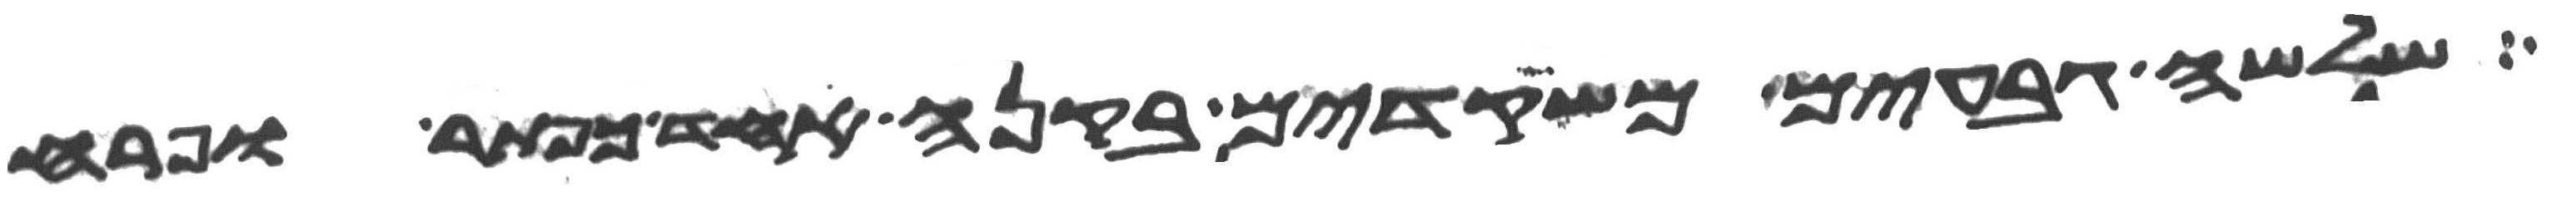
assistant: שלשה גבעים משקדים בקנה אחד כפתר ופרח